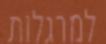
למרגלות